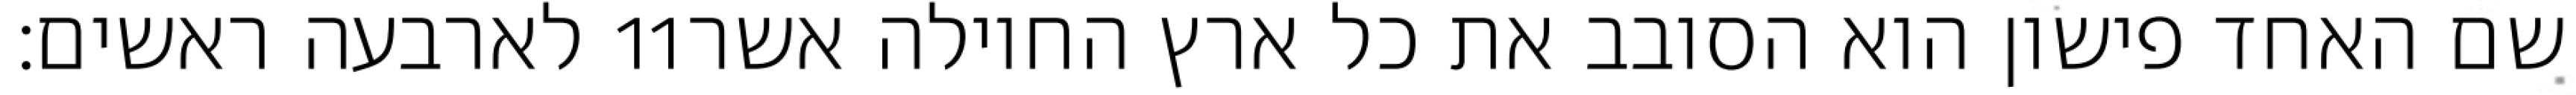
לארבעה ראשים׃ ‎11‏ שם האחד פישון הוא הסובב את כל ארץ החוילה אשר